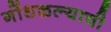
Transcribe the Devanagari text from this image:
गोंधळल्याची